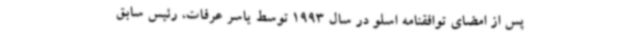
پس از امضای توافقنامه اسلو در سال 1993 توسط یاسر عرفات، رئیس سابق